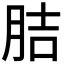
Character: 𦛋